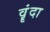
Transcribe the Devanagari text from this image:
वॄंदा